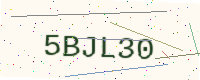
Text: 5BJL30